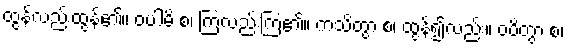
ထွန်လည်းထွန်၏။ ဝပါမိ စ၊ ကြဲလည်းကြဲ၏။ ကသိတွာ စ၊ ထွန်၍လည်း။ ဝပိတွာ စ၊